Civil Veterinary Department. Madras. Admin. report 1926-33 - 1926-1933
Year: 1926
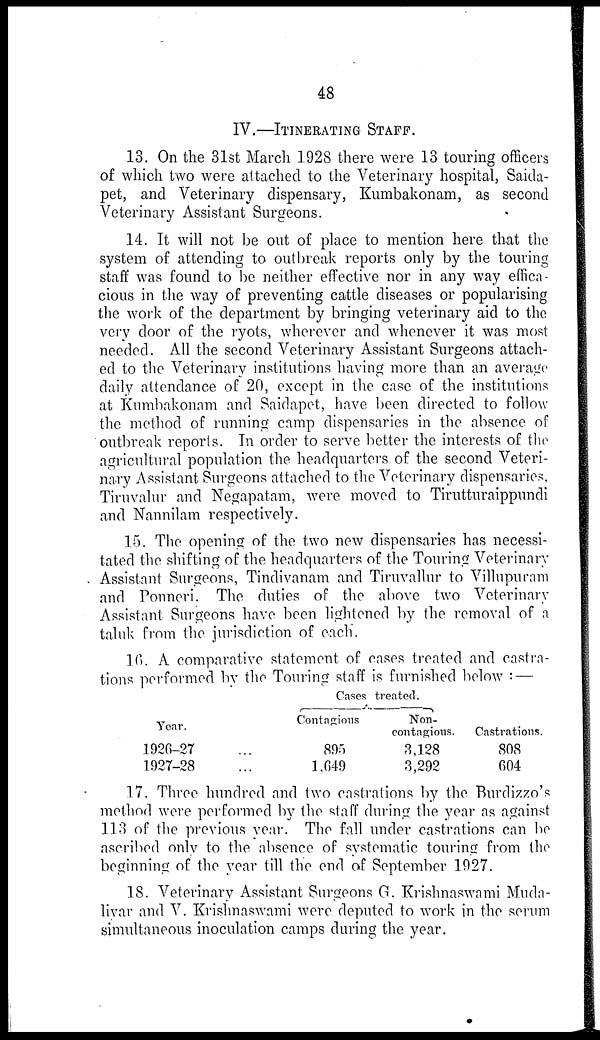
48
IV.—ITINERATING STAFF.
13. On the 31st March 1928 there were 13 touring officers
of which two were attached to the Veterinary hospital, Saida-
pet, and Veterinary dispensary, Kumbakonam, as second
Veterinary Assistant Surgeons.
14. It will not be out of place to mention here that the
system of attending to outbreak reports only by the touring
staff was found to be neither effective nor in any way effica-
cious in the way of preventing cattle diseases or popularising
the work of the department by bringing veterinary aid to the
very door of the ryots, wherever and whenever it was most
needed. All the second Veterinary Assistant Surgeons attach-
ed to the Veterinary institutions having more than an average
daily attendance of 20, except in the case of the institutions
at Kumbakonam and Saidapet, have been directed to follow
the method of running camp dispensaries in the absence of
outbreak reports. In order to serve better the interests of the
agricultural population the headquarters of the second Veteri-
nary Assistant Surgeons attached to the Veterinary dispensaries,
Tiruvalur and Negapatam, were moved to Tirutturaippundi
and Nannilam respectively.
15. The opening of the two new dispensaries has necessi-
tated the shifting of the headquarters of the Touring Veterinary
Assistant Surgeons, Tindivanam and Tiruvallur to Villupuram
and Ponneri. The duties of the above two Veterinary
Assistant Surgeons have been lightened by the removal of a
taluk from the jurisdiction of each".
16. A comparative statement of cases treated and castra-
tions performed by the Touring staff is furnished below : —
Year.
1926-27 ...
1927-28 ...
Cases treated.
Contagious
895
1,649
Non-
contagious.
3,128
3,292
Castrations.
808
604
17. Three hundred and two castrations by the Burdizzo's
method were performed by the staff during the year as against
113 of the previous year. The fall under castrations can be
ascribed only to the absence of systematic touring from the
beginning of the year till the end of September 1927.
18. Veterinary Assistant Surgeons G. Krishnaswami Muda-
livar and V. Krishnaswami were deputed to work in the serum
simultaneous inoculation camps during the year.